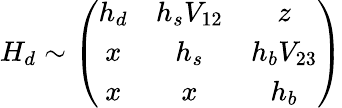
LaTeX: H_{d}\sim\left(\begin{array}{ccc}{{h_{d}}}&{{h_{s}V_{12}}}&{{z}}\\ {{x}}&{{h_{s}}}&{{h_{b}V_{23}}}\\ {{x}}&{{x}}&{{h_{b}}}\end{array}\right)